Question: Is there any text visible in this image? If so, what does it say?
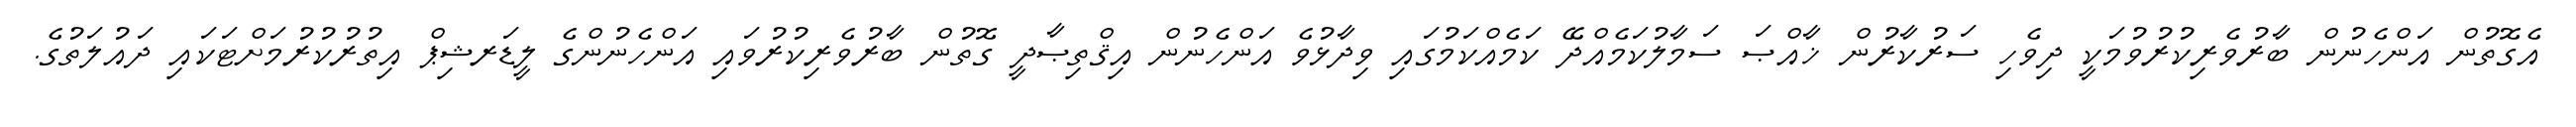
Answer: އެގޮތުން އަންހެނުން ބާރުވެރިކުރުވުމަކީ ދިވެހި ސަރުކާރުން ޚާއްޞަ ސަމާލުކަމެއްދޭ ކަމެއްކަމުގައި ވިދާޅުވެ އަންހެނުން އިޤްތިޞާދީ ގޮތުން ބާރުވެރިކުރުވައި އަންހެނުންގެ ލީޑަރޝިޕް އިތުރުކުރުމަށްޓަކައި ދައުލަތުގެ.